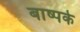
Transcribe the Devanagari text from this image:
बाष्पके